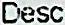
DESC